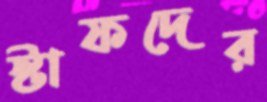
স্টাফদের